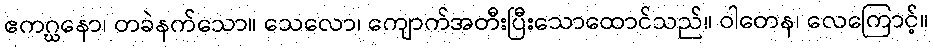
ဧကဂ္ဃနော၊ တခဲနက်သော။ သေလော၊ ကျောက်အတီးပြီးသောထောင်သည်။ ဝါတေန၊ လေကြောင့်။